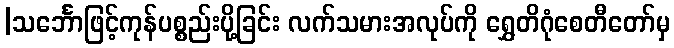
|သင်္ဘောဖြင့်ကုန်ပစ္စည်းပို့ခြင်း လက်သမားအလုပ်ကို ရွှေတိဂုံစေတီတော်မှ